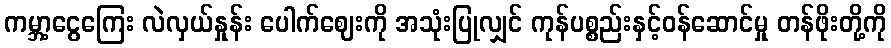
ကမ္ဘာ့ငွေကြေး လဲလှယ်နှုန်း ပေါက်ဈေးကို အသုံးပြုလျှင် ကုန်ပစ္စည်းနှင့်ဝန်ဆောင်မှု တန်ဖိုးတို့ကို